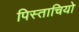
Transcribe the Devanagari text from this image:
पिस्ताचियो